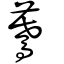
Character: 驀